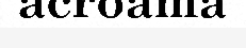
acroama